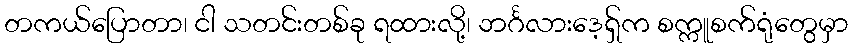
တကယ်ပြောတာ၊ ငါ သတင်းတစ်ခု ရထားလို့၊ ဘင်္ဂလားဒေ့ရှ်က စက္ကူစက်ရုံတွေမှာ